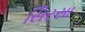
સિરસા